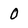
Character: 0